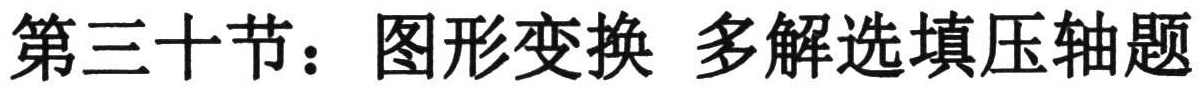
第三十节：图形变换 多解选填压轴题